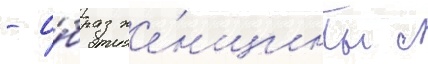
- о́браз же́нщины с